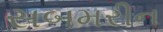
સબમરીન